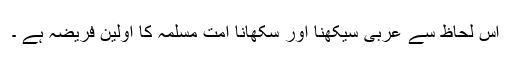
اس لحاظ سے عربی سیکھنا اور سکھانا امت مسلمہ کا اولین فریضہ ہے ۔